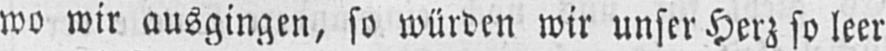
wo wir ausgingen, so würden wir unser Herz so leer